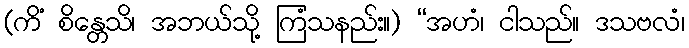
(ကိံ စိန္တေသိ၊ အဘယ်သို့ ကြံသနည်း။) “အဟံ၊ ငါသည်။ ဒသဗလံ၊